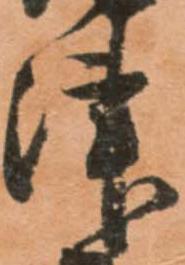
津